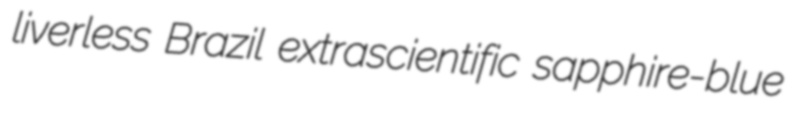
liverless Brazil extrascientific sapphire-blue